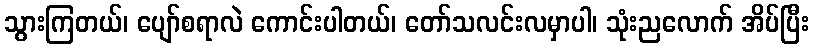
သွားကြတယ်၊ ပျော်စရာလဲ ကောင်းပါတယ်၊ တော်သလင်းလမှာပါ၊ သုံးညလောက် အိပ်ပြီး